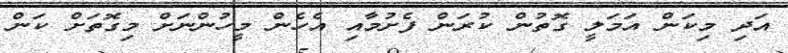
އަދި މިކަން އަމަލީ ގޮތުން ކުރަން ފެށުމާއި އެހެން މީހުންނަށް މިގޮތަށް ކަން